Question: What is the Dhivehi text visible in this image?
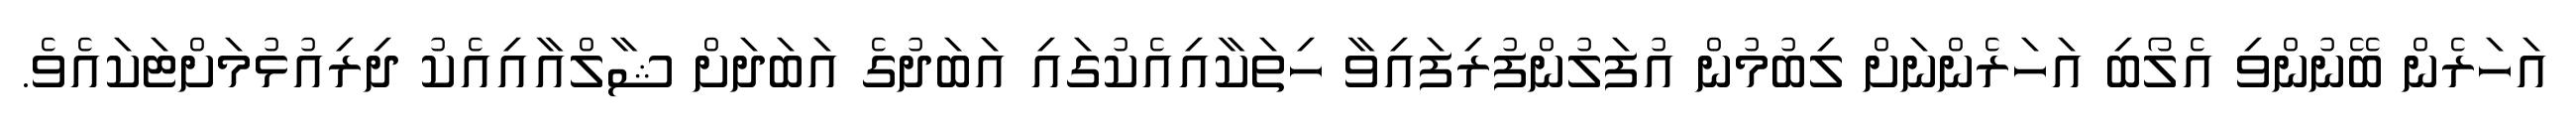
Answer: އަހަރެން ބޭނުންވި އެލޯބި އަހަރެންނަށް ލިބުމުން އުފަލުންފުރިފައިވާ ހިތަކާއިއެކުގައި އަބަދުގެ އަބަދަށް ޝާލްއާއިއެކު ދިރިއުޅުމަށްޓަކައެވެ.